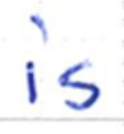
Text: is
Cross-out: clean
Writing tool: ballpoint